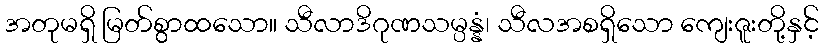
အတုမရှိ မြတ်စွာထသော။ သီလာဒိဂုဏသမ္ပန္နံ၊ သီလအစရှိသော ကျေးဇူးတို့နှင့်